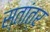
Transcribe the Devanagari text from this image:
स्तांत्र